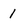
Character: 1